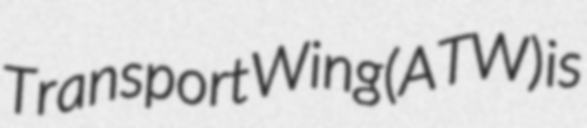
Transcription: Transport Wing (ATW) is